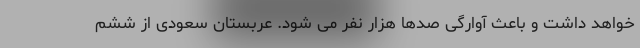
خواهد داشت و باعث آوارگی صدها هزار نفر می شود. عربستان سعودی از ششم